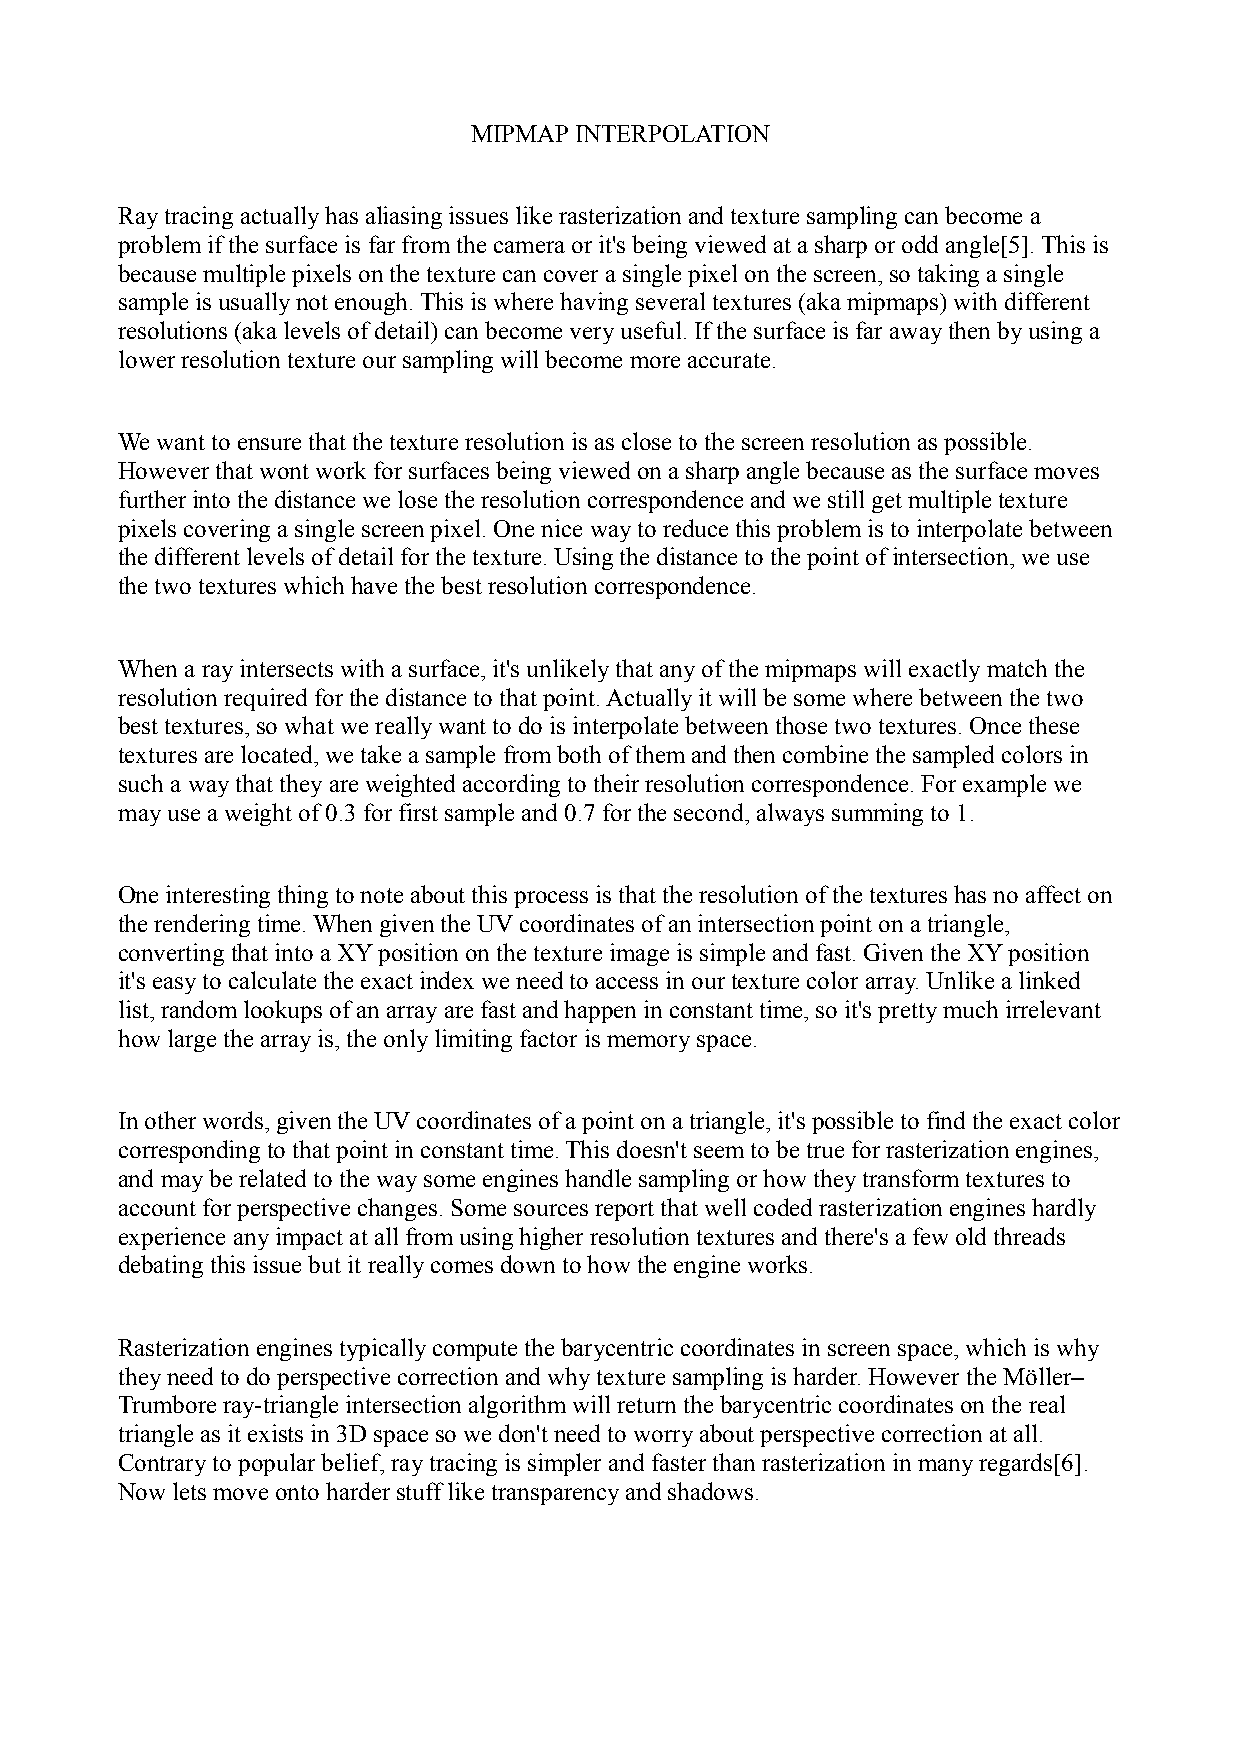
MIPMAP INTERPOLATION
 Ray tracing actually has aliasing issues like rasterization and texture sampling can become a
 problem if the surface is far from the camera or it's being viewed at a sharp or odd angle[5]. This is
 because multiple pixels on the texture can cover a single pixel on the screen, so taking a single
 sample is usually not enough. This is where having several textures (aka mipmaps) with different
 resolutions (aka levels of detail) can become very useful. If the surface is far away then by using a
 lower resolution texture our sampling will become more accurate.
 We want to ensure that the texture resolution is as close to the screen resolution as possible.
 However that wont work for surfaces being viewed on a sharp angle because as the surface moves
 further into the distance we lose the resolution correspondence and we still get multiple texture
 pixels covering a single screen pixel. One nice way to reduce this problem is to interpolate between
 the different levels of detail for the texture. Using the distance to the point of intersection, we use
 the two textures which have the best resolution correspondence.
 When a ray intersects with a surface, it's unlikely that any of the mipmaps will exactly match the
 resolution required for the distance to that point. Actually it will be some where between the two
 best textures, so what we really want to do is interpolate between those two textures. Once these
 textures are located, we take a sample from both of them and then combine the sampled colors in
 such a way that they are weighted according to their resolution correspondence. For example we
 may use a weight of 0.3 for first sample and 0.7 for the second, always summing to 1.
 One interesting thing to note about this process is that the resolution of the textures has no affect on
 the rendering time. When given the UV coordinates of an intersection point on a triangle,
 converting that into a XY position on the texture image is simple and fast. Given the XY position
 it's easy to calculate the exact index we need to access in our texture color array. Unlike a linked
 list, random lookups of an array are fast and happen in constant time, so it's pretty much irrelevant
 how large the array is, the only limiting factor is memory space.
 In other words, given the UV coordinates of a point on a triangle, it's possible to find the exact color
 corresponding to that point in constant time. This doesn't seem to be true for rasterization engines,
 and may be related to the way some engines handle sampling or how they transform textures to
 account for perspective changes. Some sources report that well coded rasterization engines hardly
 experience any impact at all from using higher resolution textures and there's a few old threads
 debating this issue but it really comes down to how the engine works.
 Rasterization engines typically compute the barycentric coordinates in screen space, which is why
 they need to do perspective correction and why texture sampling is harder. However the Möller–
 Trumbore ray-triangle intersection algorithm will return the barycentric coordinates on the real
 triangle as it exists in 3D space so we don't need to worry about perspective correction at all.
 Contrary to popular belief, ray tracing is simpler and faster than rasterization in many regards[6].
 Now lets move onto harder stuff like transparency and shadows.